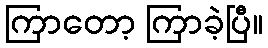
ကြာတော့ ကြာခဲ့ပြီ။